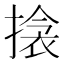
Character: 搇